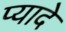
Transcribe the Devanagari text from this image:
प्‍यादे